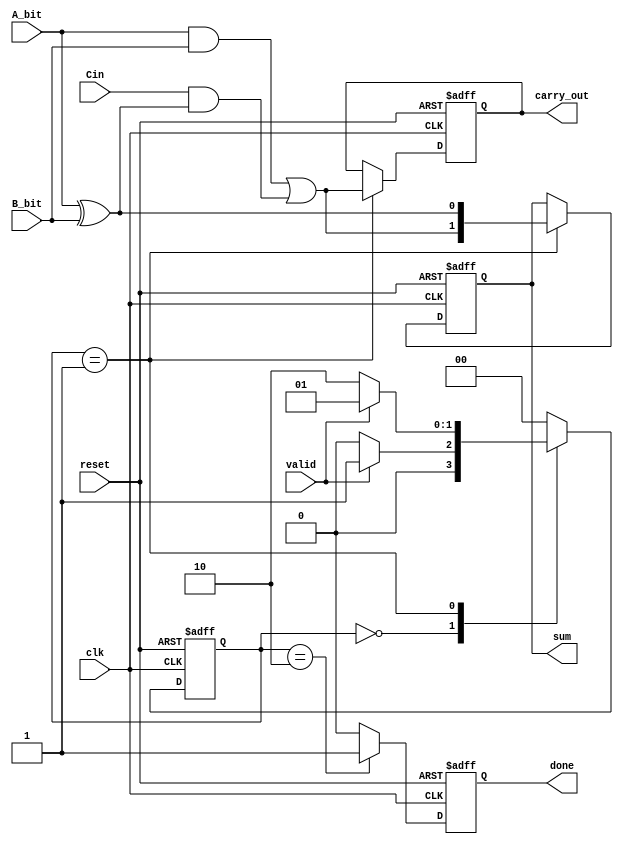
module CarrySaveAdder (
    input wire clk,          // Clock signal
    input wire reset,        // Reset signal
    input wire A_bit,       // Serial input bit from operand A
    input wire B_bit,       // Serial input bit from operand B
    input wire Cin,         // Carry-in
    input wire valid,       // Signal indicating that A_bit and B_bit are valid
    output reg [1:0] sum,   // Sum output (S_i)
    output reg carry_out,    // Carry output (C_i)
    output reg done         // Signal indicating that the addition is complete
);

    reg [1:0] current_state, next_state;
    reg [1:0] sum_temp;
    reg carry_temp;

    // State encoding
    localparam IDLE = 2'b00,
               PROCESS = 2'b01,
               DONE = 2'b10;

    // State transition and output logic
    always @(posedge clk or posedge reset) begin
        if (reset) begin
            current_state <= IDLE;
            sum <= 2'b00;
            carry_out <= 1'b0;
            done <= 1'b0;
        end else begin
            current_state <= next_state;
            if (current_state == PROCESS) begin
                sum <= sum_temp;
                carry_out <= carry_temp;
            end
            if (current_state == DONE) begin
                done <= 1'b1;
            end else begin
                done <= 1'b0;
            end
        end
    end

    // Next state logic
    always @(*) begin
        case (current_state)
            IDLE: begin
                if (valid) begin
                    next_state = PROCESS;
                end else begin
                    next_state = IDLE;
                end
            end
            PROCESS: begin
                if (valid) begin
                    next_state = PROCESS; // Continue processing if valid
                end else begin
                    next_state = DONE;    // Transition to DONE when no more bits
                end
            end
            DONE: begin
                next_state = IDLE; // Reset to IDLE after done
            end
            default: next_state = IDLE;
        endcase
    end

    // Combinational logic for sum and carry calculation
    always @(*) begin
        if (current_state == PROCESS) begin
            // Calculate sum and carry
            sum_temp[0] = A_bit ^ B_bit; // Sum bit
            sum_temp[1] = (A_bit & B_bit) | (Cin & (A_bit ^ B_bit)); // Carry bit
            carry_temp = (A_bit & B_bit) | (Cin & (A_bit ^ B_bit)); // Carry output
        end else begin
            sum_temp = 2'b00;
            carry_temp = 1'b0;
        end
    end

endmodule